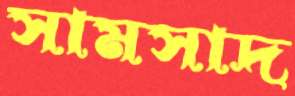
সামসাদ